Medical and sanitary report of the native army of Madras for the year
Year: 1876
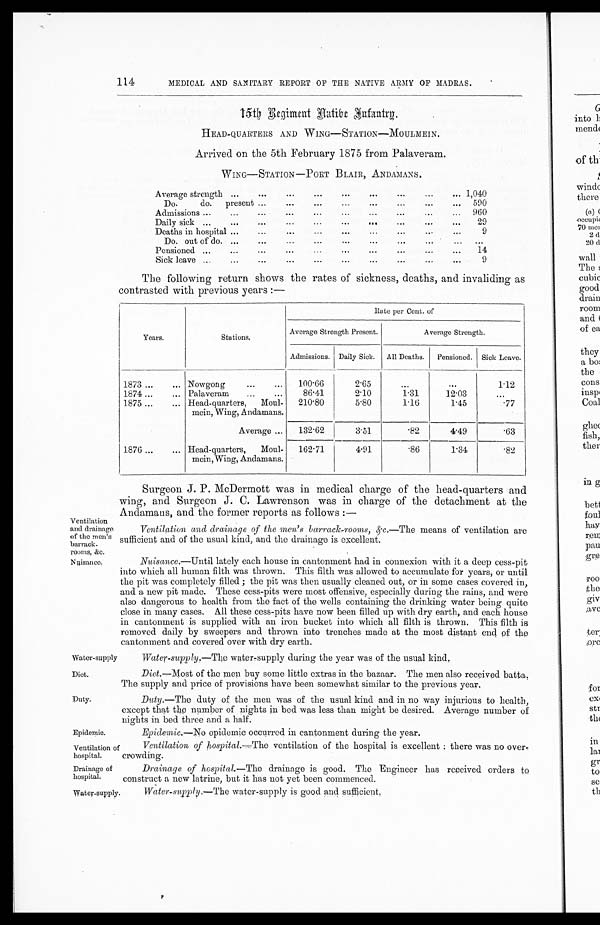
Ventilation
and drainage
of the men' s
barrack-
rooms, &c.
Nuisance.
Diet.
Duty.
114
MEDICAL AND SANITARY REPORT OF THE NATIVE ARMY OF MADRAS.
15th Regiment Native Infantry.
HEAD-QUARTERS AND WING—STATION—MOULMEIN.
Arrived on the 5th February 1875 from Palaveram.
WING—STATION —PORT BLAIR, ANDAMANS.
Average strength ...
. . . ... ...
. . . ... ... ... ... 1,040
Do.
do. present ... ...
. . . ... ... ... ... ... 590
Admissions ... ... ... ... ... ... ... ... ...
. . . 9 6 0
Daily sick ...
. . . . . .
. . .
. . .
. . .
. . .
. . . . . .
. . .
2 9
Deaths in hospital ... ... ... ... ... ... ... ... ... 9
Do. out of do. ... ...
. . . ... ... ... ... ... ... . . .
Pensioned ... ... ... ... ... ... ... ... ... ... 14
Sick leave ...
. . . . . . ... ... ... ... ... ... ... 9
The following return shows the rates of sickness, deaths, and invaliding as
contrasted with previous years :—
Years.
Stations.
Rate per Cent. of
Average Strength Present.
Average Strength.
Admissions. I Daily Sick. All Deaths. Pensioned. Sick Leave.
1873 ... ... Nowgong ... ... 100.66
2 . 6 5 ...
. . .
1.12
1874 ... ... Palaveram ... ... 86.41
2.10
1.31
12.03
...
1875 ... ... Head-quarters, Moul-
mein, Wing, Andamans.
210.80
5.80
1.16
1.45
.77
Average ... 132.62
3.51
.82
4.49
.63
1876 ... ... Head-quarters, Moul-
mein, Wing, Andamans.
162.71
4.91
.86
1.34
. 8 2
Surgeon J. P. McDermott was in medical charge of the head-quarters and
wing, and Surgeon J. C. Lawrenson was in charge of the detachment at the
Andamans, and the former reports as follows :—
Ventilation and drainage of the men's barrack-rooms, &c.— The means of ventilation are
sufficient and of the usual kind, and the drainage is excellent.
Nuisance.—Until lately each house in cantonment had in connexion with it a deep cess-pit
into which all human filth was thrown. This filth was allowed to accumulate for years, or until
the pit was completely filled ; the pit was then usually cleaned out, or in some cases covered in,
and a new pit made. These cess-pits were most offensive, especially during the rains, and were
also dangerous to health from the fact of the wells containing the drinking water being quite
close in many cases. All these cess-pits have now been filled up with dry earth, and each house
in cantonment is supplied with an iron bucket into which all filth is thrown. This filth is
removed daily by sweepers and thrown into trenches made at the most distant end of the
cantonment and covered over with dry earth.
Water-supply
Water-supply.—The water-supply during the year was of the usual kind.
Diet.-Most of the men buy some little extras in the bazaar. The men also received batta.
The supply and price of provisions have been somewhat similar to the previous year.
Duty.—The duty of the men was of the usual kind and in no way injurious to health,
except that the number of nights in bed was less than might be desired. Average number of
nights in bed three and a half.
Epidemic.
Epidemic.—No epidemic occurred in cantonment during the year.
Ventilation of
hospital.
Drainage of
hospital.
Ventilation of hospital.—The ventilation of the hospital is excellent : there was no over-
crowding.
Drainage of hospital.— The drainage is good. The Engineer has received orders to
construct a new latrine, but it has not yet been commenced.
Water-supply.
Water-supply.—The water-supply is good and sufficient.